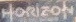
Horizon